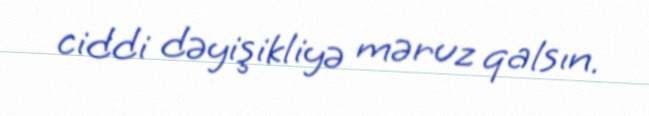
ciddi dəyişikliyə məruz qalsın.